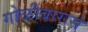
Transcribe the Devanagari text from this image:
गोळीबारास